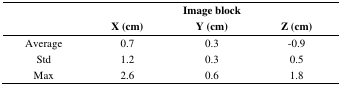
| <ROWSPAN=2>  | <COLSPAN=3> Image block |
 | X (cm) | Y (cm) | Z (cm) |
 | --- | --- | --- | --- |
 | Average | 0.7 | 0.3 | −0.9 |
 | Std | 1.2 | 0.3 | 0.5 |
 | Max | 2.6 | 0.6 | 1.8 |